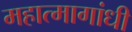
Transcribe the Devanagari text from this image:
महात्मागांधी